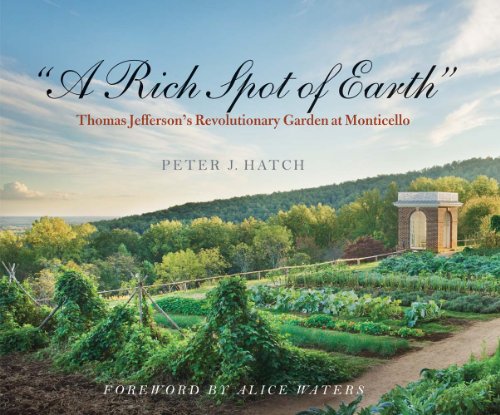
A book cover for "A Rich Spot of Earth": Thomas Jefferson's Revolutionary Garden at Monticello; Peter J. Hatch; Crafts, Hobbies & Home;